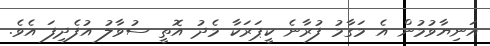
އަނިޔާވުމުން އެ މަގާމު ފުރާނެ ކީޕަރަކާ މެދު އޮތީ ސުވާލު އުފެދިފަ އެވެ.